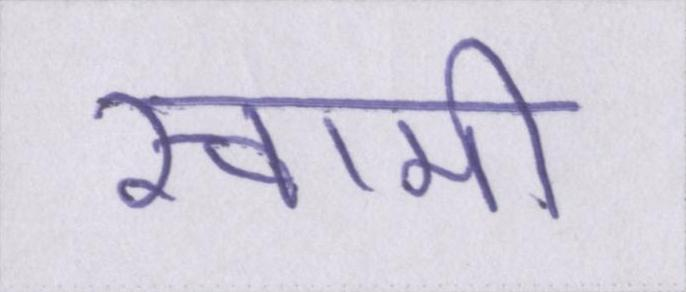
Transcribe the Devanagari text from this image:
स्वामी